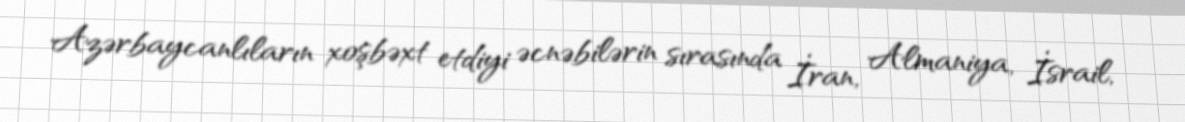
Azərbaycanlıların xoşbəxt etdiyi əcnəbilərin sırasında İran, Almaniya, İsrail,